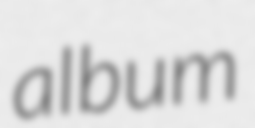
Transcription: album